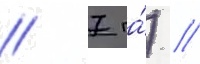
/ 7 га́) //